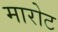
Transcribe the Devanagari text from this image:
मारोट